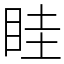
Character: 眭